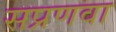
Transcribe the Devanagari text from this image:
सप्रणवा